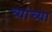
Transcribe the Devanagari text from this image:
व्याच्या